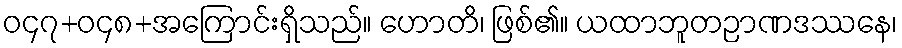
ဝ၄၇+ဝ၄၈+အကြောင်းရှိသည်။ ဟောတိ၊ ဖြစ်၏။ ယထာဘူတဉာဏဒဿနေ၊